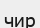
чир